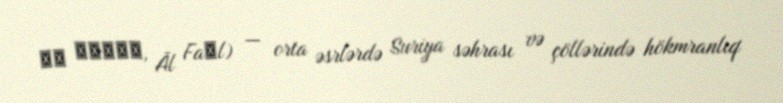
آل فَضْل, Āl Faḍl) — orta əsrlərdə Suriya səhrası və çöllərində hökmranlıq